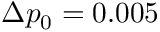
\Delta p _ { 0 } = 0 . 0 0 5